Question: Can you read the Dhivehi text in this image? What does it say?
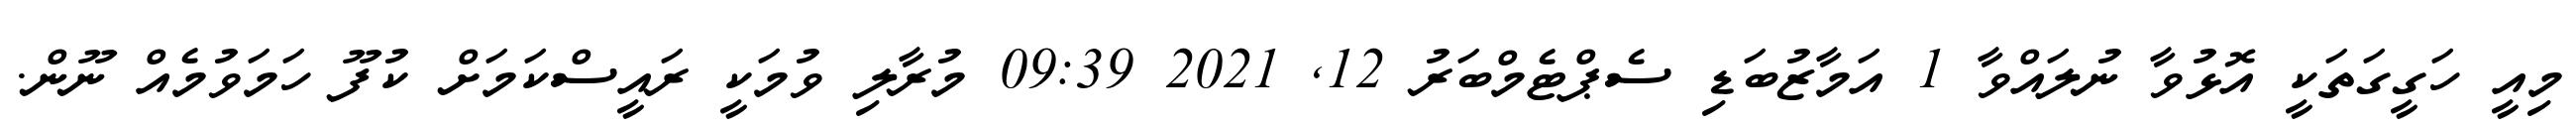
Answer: މިއީ ހަގީގަތަކީ އޮޅުވާ ނުލައްވާ 1 އަމާޒުބަޑި ސެޕްޓެމްބަރު 12, 2021 09:39 މުރާލި ވުމަކީ ރައީސްކަމަށް ކުފޫ ހަމަވުމެއް ނޫން.